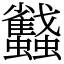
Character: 蠽